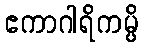
ဧကာဂါရိကမ္ပိ